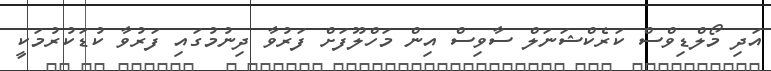
އަދި މޯލްޑިވްސް ކަރެކްޝަނަލް ސާވިސް އިން މަހްލޫފަށް ފަރުވާ ދިނުމުގައި ފަރުވާ ކުޑަކުރުމަކީ